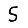
Digit: 5